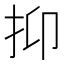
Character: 抑